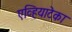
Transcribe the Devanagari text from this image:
एव्हियाटेका